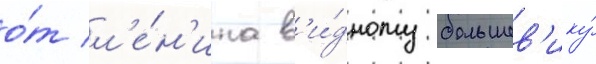
о́т л'е́н'ина в'и́дному большев'ику́